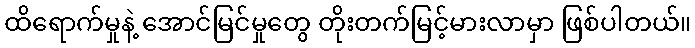
ထိရောက်မှုနဲ့ အောင်မြင်မှုတွေ တိုးတက်မြင့်မားလာမှာ ဖြစ်ပါတယ်။